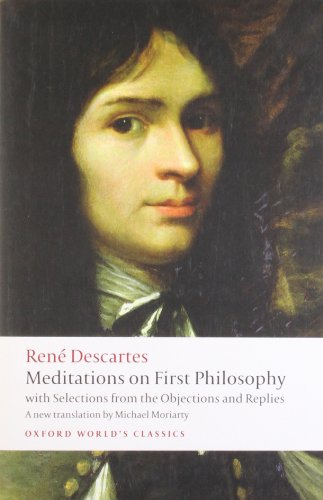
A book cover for Meditations on First Philosophy: with Selections from the Objections and Replies (Oxford World's Classics); RenÃ© Descartes; Politics & Social Sciences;